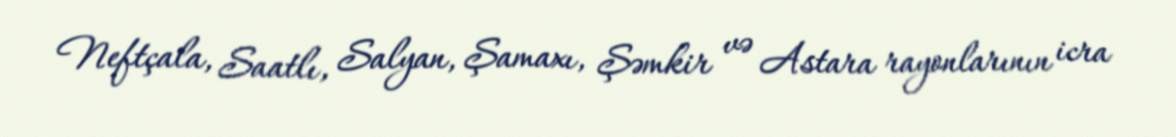
Neftçala, Saatlı, Salyan, Şamaxı, Şəmkir və Astara rayonlarının icra